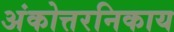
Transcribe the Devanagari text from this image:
अंकोत्तरनिकाय